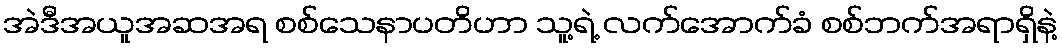
အဲဒီအယူအဆအရ စစ်သေနာပတိဟာ သူ့ရဲ့ လက်အောက်ခံ စစ်ဘက်အရာရှိနဲ့